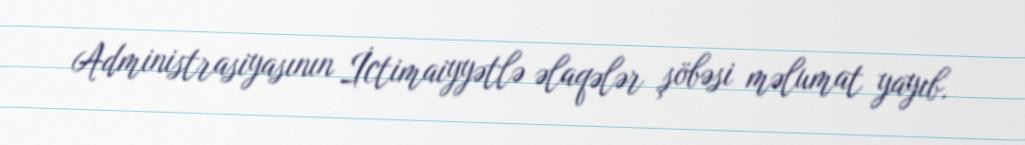
Administrasiyasının İctimaiyyətlə əlaqələr şöbəsi məlumat yayıb.